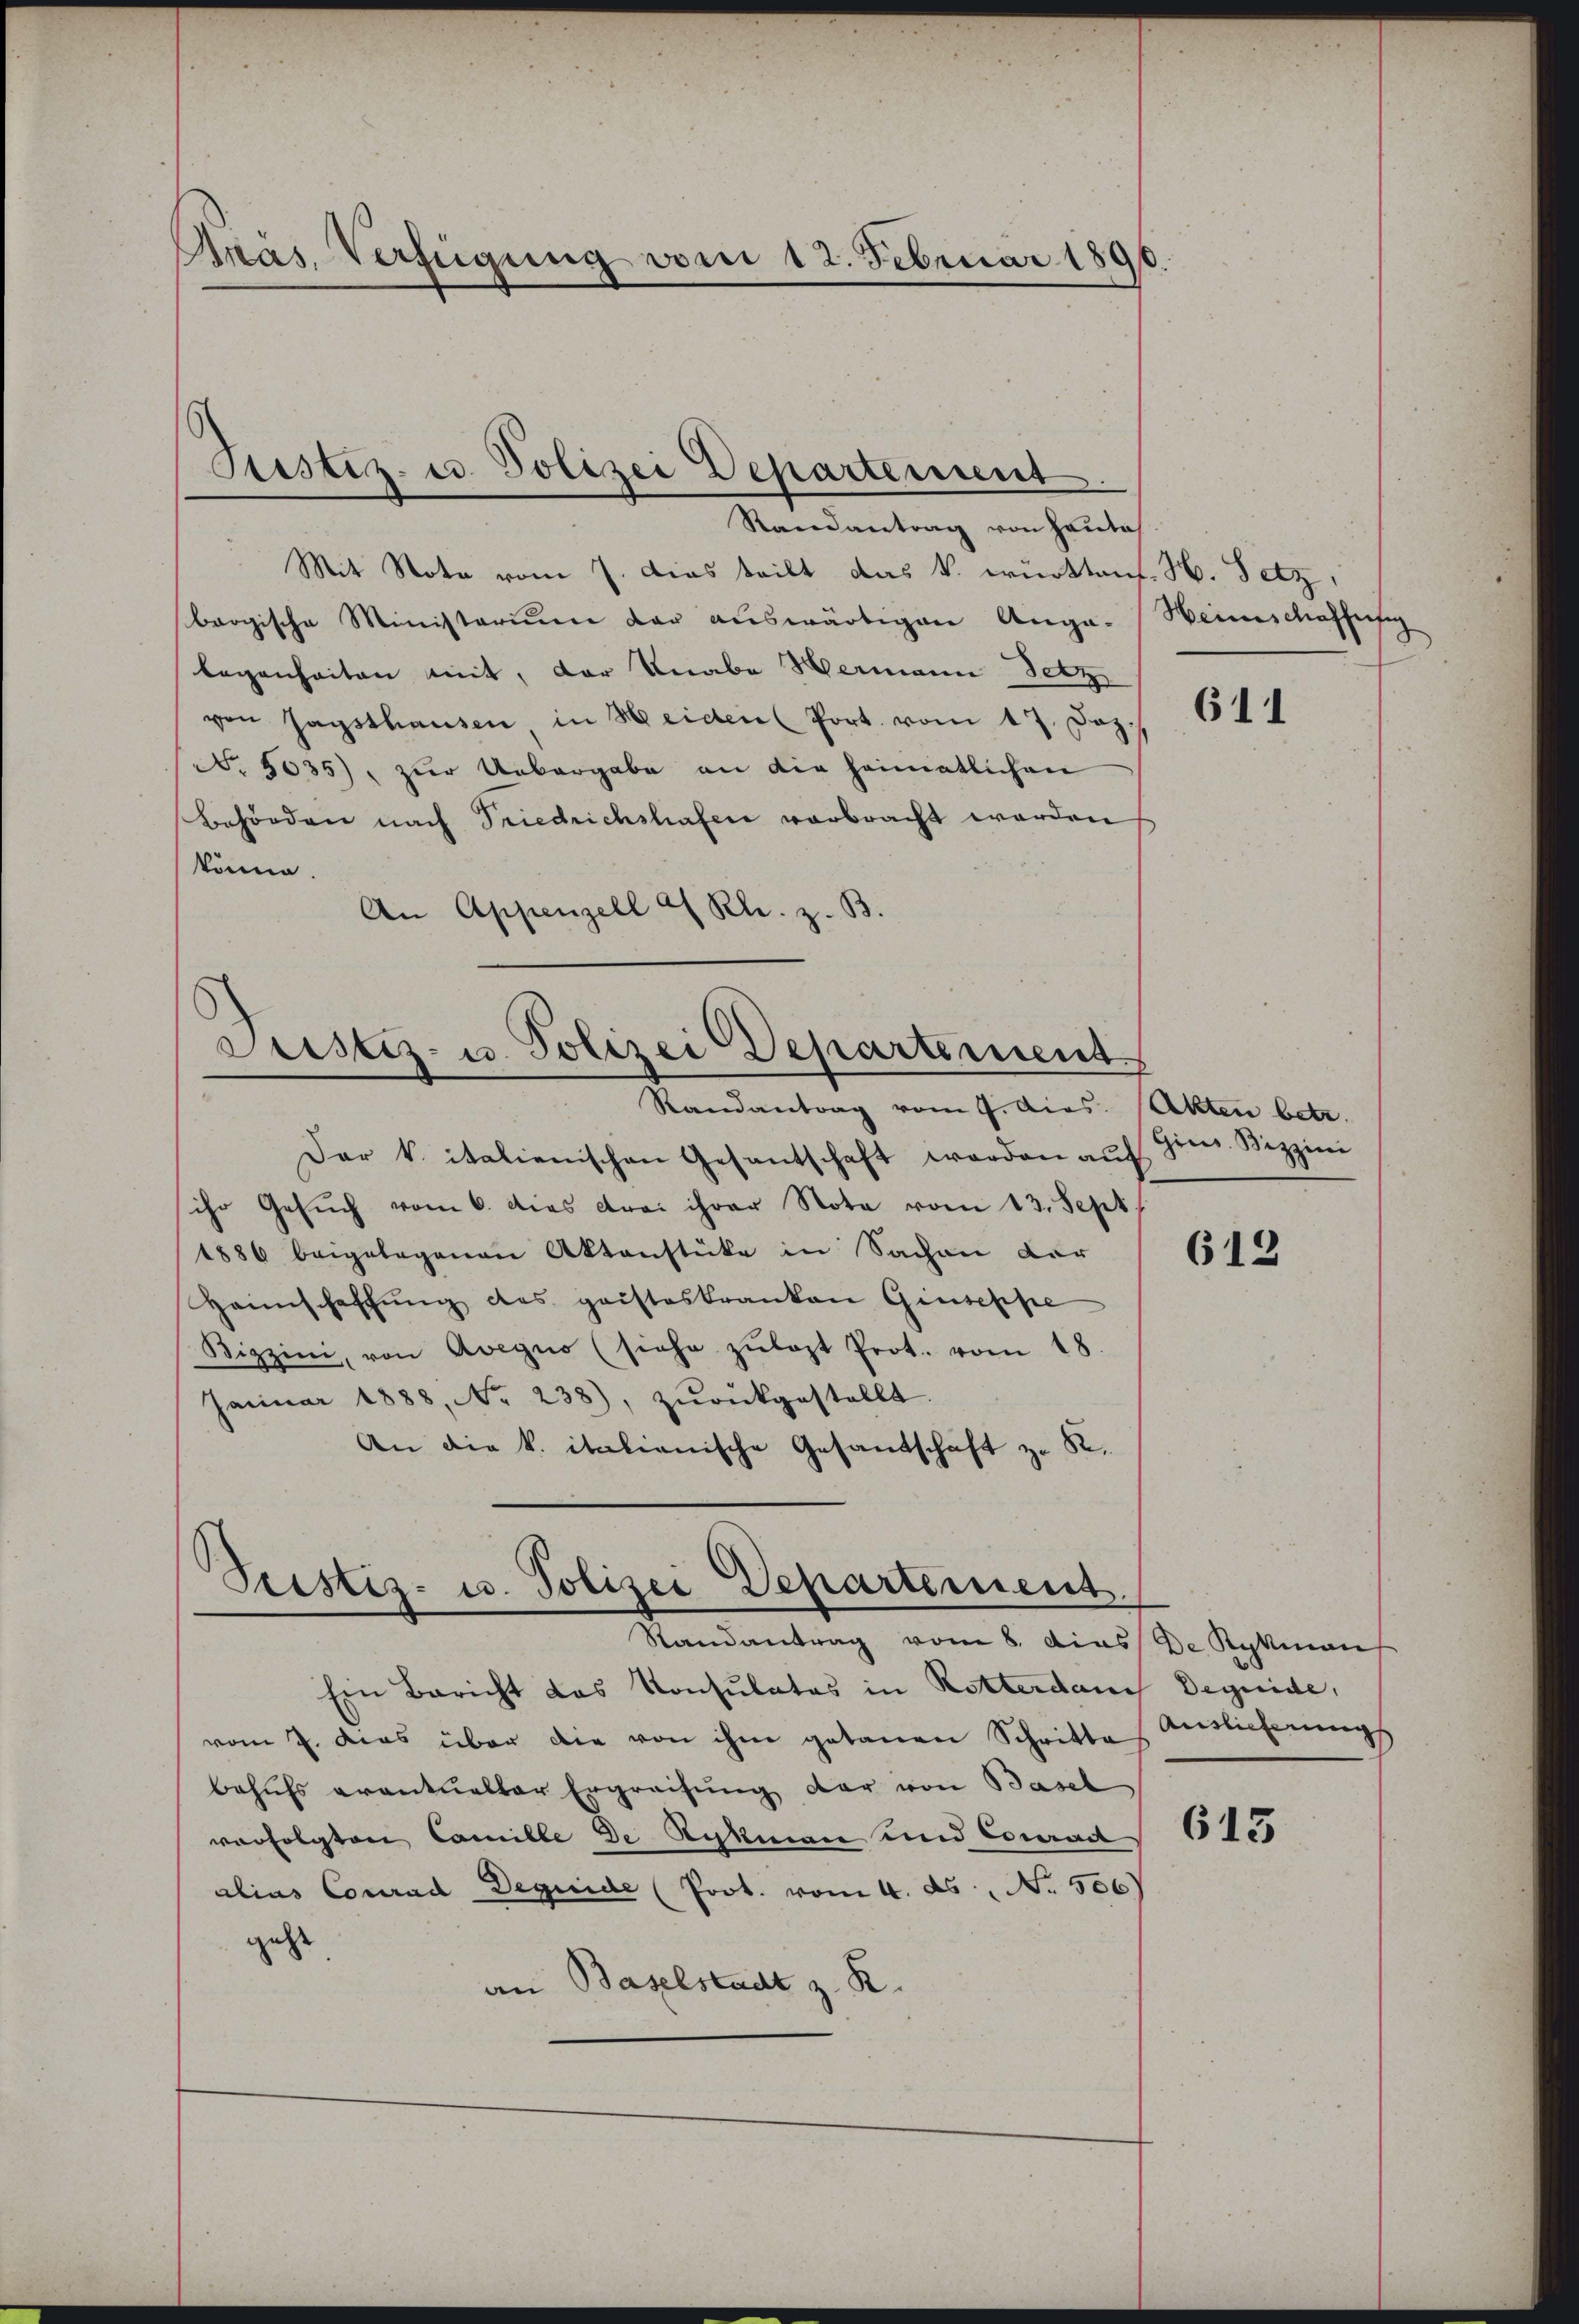
Akas, Verfügung vom 12. Februar 1891

Justiz- u. Polizei Departement

Randantrag von Haute
Mit Note vom 7. Das teilt das k. würktens. H. Setz
bergische Ministerium der auswärtigen Auga-Weinschaffung
legenheiten mit, der Knabe Hermann Setz
von sagsthausen in Heiden Port. vom 17. Dez.
No. 5035), zur Uebergabe an die heimatlichen
Behörden nach Friedrichshafen verbracht worden
könne.
An Appenzell & Rl. z. B.

Justiz- u. Polizei Departement

Tristis- u. Polizei Departement.
Randantrag vom 8. dies De Rykman

Randantrag vom 7. dies. Akten betr.

Der k. italienischen Gesantschaft worden auf
ihr Gesŭch vom 6. dies drei ihrer Note vom 13. Sept.
1886 beigelegenen Aktenstücke in Sachen der
Haunschaffŭng des gaisteskranken Giuseppe
Bizzini, von Avegno (siehe zŭlast Prot. vom 18.
Januar 1888, No 238), zŭrückgestellt.
An die k. italienische Gesandschaft zu S.

Ein Bericht das Konsulates in Rotterdan Degnide,
vom 7. dies über die von ihm getanen Schritte Antlicherungs
behufs eventueller Ergreifung der von Basel
vorfolgten Camille de Rykman und Conradt
alias Conrad Dequide (Prot. vom 4. ds. No. 506)
geht
an Baselstadt z. R.

611

Gies. Bizzini

613

613